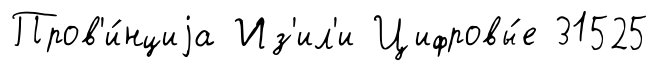
Пров'и́нциjа Из'ил'и Цифровы́е 31525